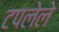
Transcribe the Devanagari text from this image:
टपलेले